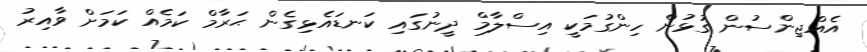
އެއްޖިންސުން ގުޅުން ހިންގުމަކީ އިސްލާމް ދީނުގައި ކަނޑައެޅިގެން ޙަރާމް ކަމެއް ކަމަށް ވާއިރު